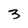
Character: 3